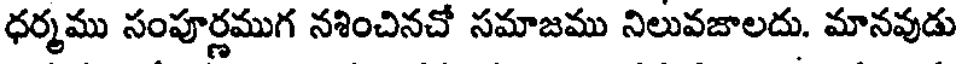
ధర్మము సంపూర్ణముగ నశించినచో సమాజము నిలువజాలదు. మానవుడు